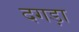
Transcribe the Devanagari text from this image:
दगड़ा